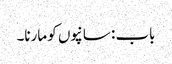
باب : سانپوں کو مارنا۔